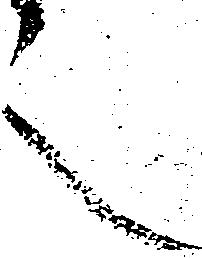
言